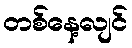
တစ်နေ့လျင်